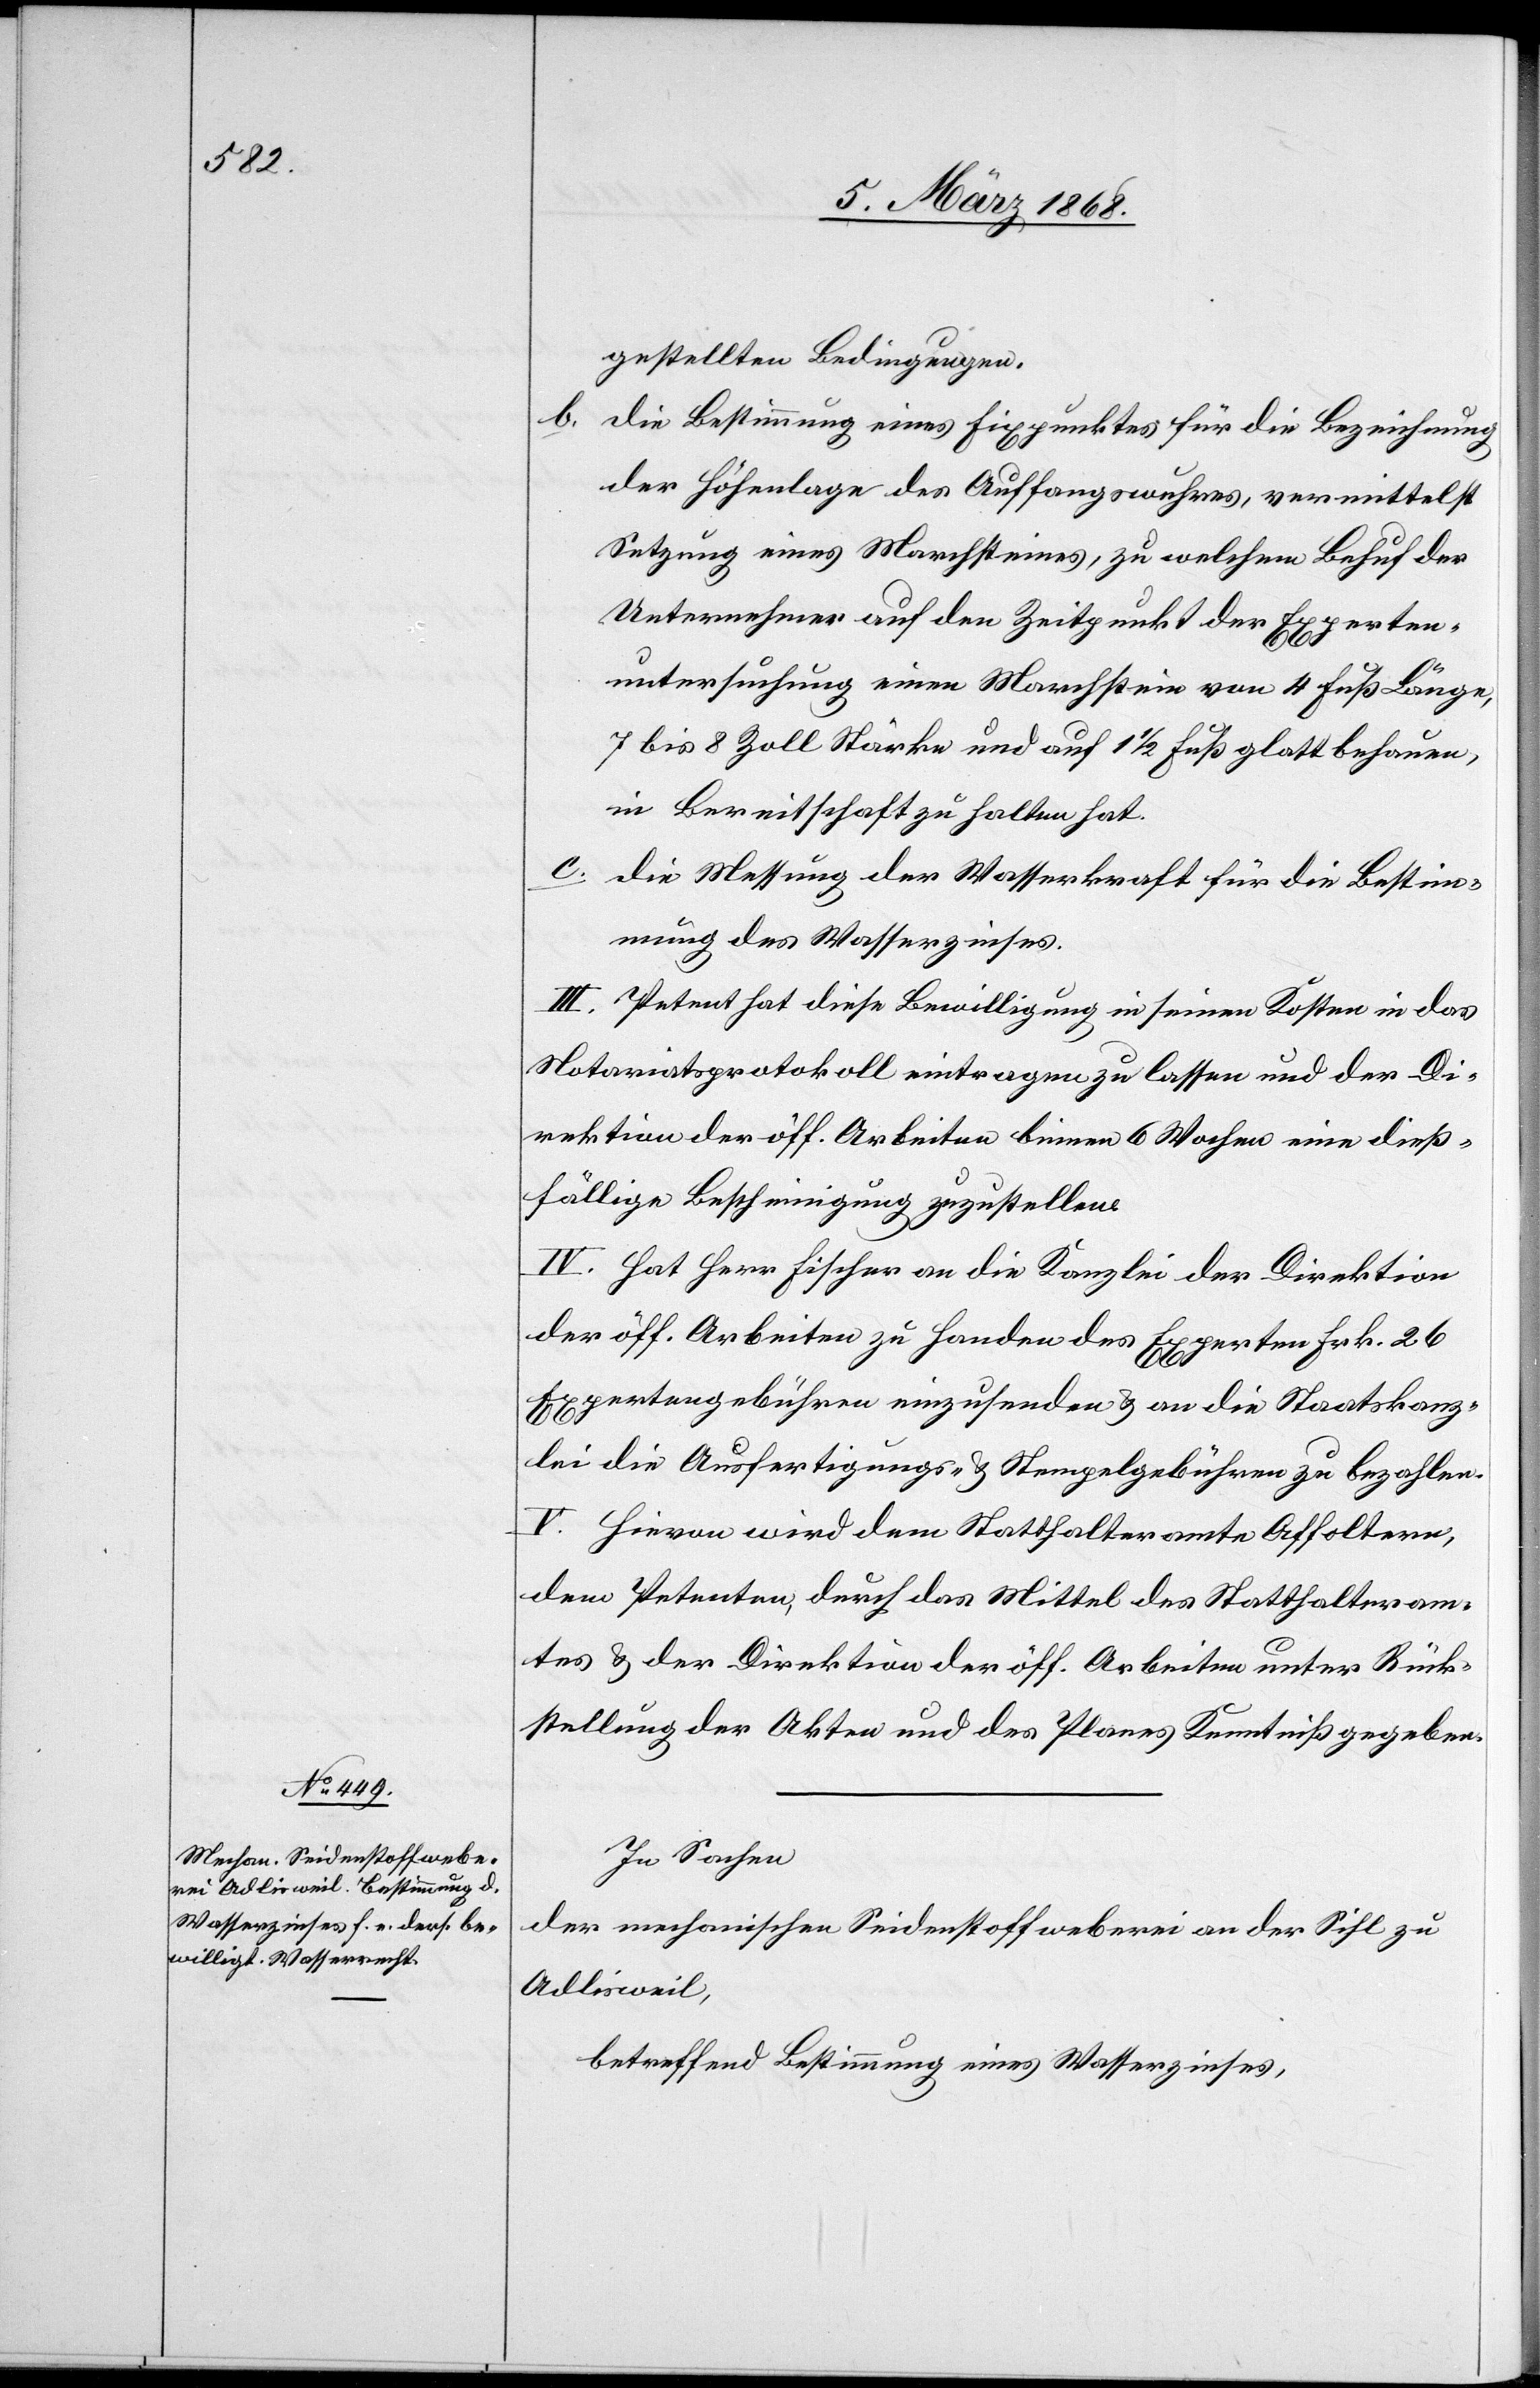
gestellten Bedingungen.
die Bestimmung eines Fixpunktes für die Bezeichnung
der Höhenlage des Auffangswuhres, vermittelst
Setzung eines Marchsteines, zu welchem Behuf der
Unternehmer auf den Zeitpunkt der Experten¬
untersuchung einen Marchstein von 4 Fuß Länge,
7 bis 8 Zoll Stärke und auf 1 1/2 Fuß glatt behauen,
in Bereitschaft zu halten hat.
die Messung der Wasserkraft für die Bestim¬
mung des Wasserzinses.
III. Petent hat diese Bewilligung in seinen Kosten in das
Notariatsprotokoll eintragen zu lassen und der Di¬
rektion der öff. Arbeiten binnen 6 Wochen eine dieß¬
fällige Bescheinigung zuzustellen.
IV. Hat Herr Fischer an die Kanzlei der Direktion
der öff. Arbeiten zu Handen des Experten Frk. 26
Expertengebühren einzusenden & an die Staatskanz¬
lei die Ausfertigungs- & Stempelgebühren zu bezahlen.
V. Hievon wird dem Statthalteramte Affoltern,
dem Petenten, durch das Mittel des Statthalteram¬
tes & der Direktion der öff. Arbeiten unter Rück¬
stellung der Akten und des Planes Kenntniß gegeben.
In Sachen
der mechanischen Seidenstoffweberei an der Sihl zu
Adlisweil,
betreffend Bestimmung eines Wasserzinses,